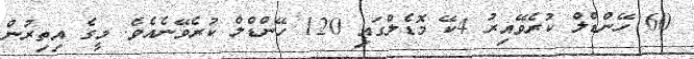
60 ހޭންޑްލް ކުރެވޭއިރު 4ކޭ މޮޑެލްގައި 120 ހޭންޑްލް ކުރެވޭނެއެވެ. މީގެ އިތިރުން